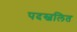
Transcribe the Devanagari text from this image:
पदस्वलित